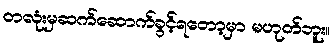
တလုံးမှဆက်ဆောက်ခွင့်ရတော့မှာ မဟုတ်ဘူး။